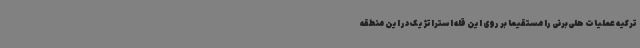
ترکیه عملیات هلی‌برنی را مستقیما بر روی این قله استراتژیک در این منطقه